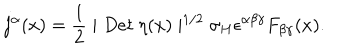
LaTeX: j ^ { \alpha } ( x ) = \frac 1 2 \mid D e t \ \eta ( x ) \mid ^ { 1 / 2 } \sigma _ { H } \epsilon ^ { \alpha \beta \gamma } F _ { \beta \gamma } ( x ) .